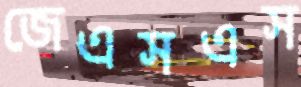
জেএসএস